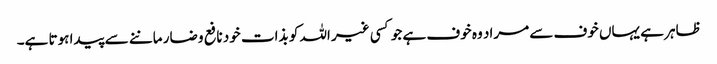
ظاہر ہے یہاں خوف سے مراد وہ خوف ہے جو کسی غیر اللہ کو بذات خود نافع و ضار ماننے سے پیدا ہوتا ہے۔